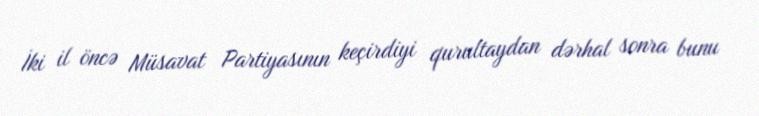
İki il öncə Müsavat Partiyasının keçirdiyi qurultaydan dərhal sonra bunu